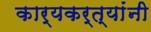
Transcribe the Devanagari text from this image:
कार्यकर्त्यांंनी